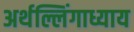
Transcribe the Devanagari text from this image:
अर्थल्लिंगाध्याय